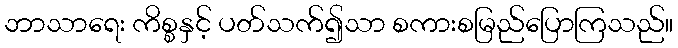
ဘာသာရေး ကိစ္စနှင့် ပတ်သက်၍သာ စကားစမြည်ပြောကြသည်။